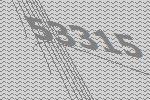
53315